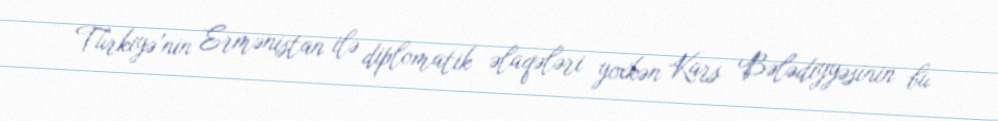
– Türkiyə’nin Ermənistan ilə diplomatik əlaqələri yoxkən Kars Bələdiyyəsinin bu